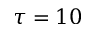
\tau = 1 0